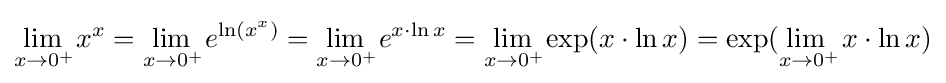
\lim _{x\to 0^{+}\!}x^{x}=\lim _{x\to 0^{+}\!}e^{\ln(x^{x})}=\lim _{x\to 0^{+}\!}e^{x\cdot \ln x}=\lim _{x\to 0^{+}\!}\exp(x\cdot \ln x)=\exp({\lim \limits _{x\to 0^{+}\!\!}\,x\cdot \ln x})